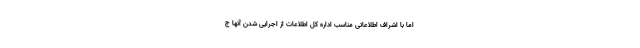
اما با اشراف اطلاعاتی مناسب اداره کل اطلاعات از اجرایی شدن آنها ج